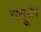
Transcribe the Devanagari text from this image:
बदूवी